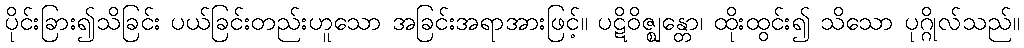
ပိုင်းခြား၍သိခြင်း ပယ်ခြင်းတည်းဟူသော အခြင်းအရာအားဖြင့်။ ပဋိဝိဇ္ဈန္တော၊ ထိုးထွင်း၍ သိသော ပုဂ္ဂိုလ်သည်။